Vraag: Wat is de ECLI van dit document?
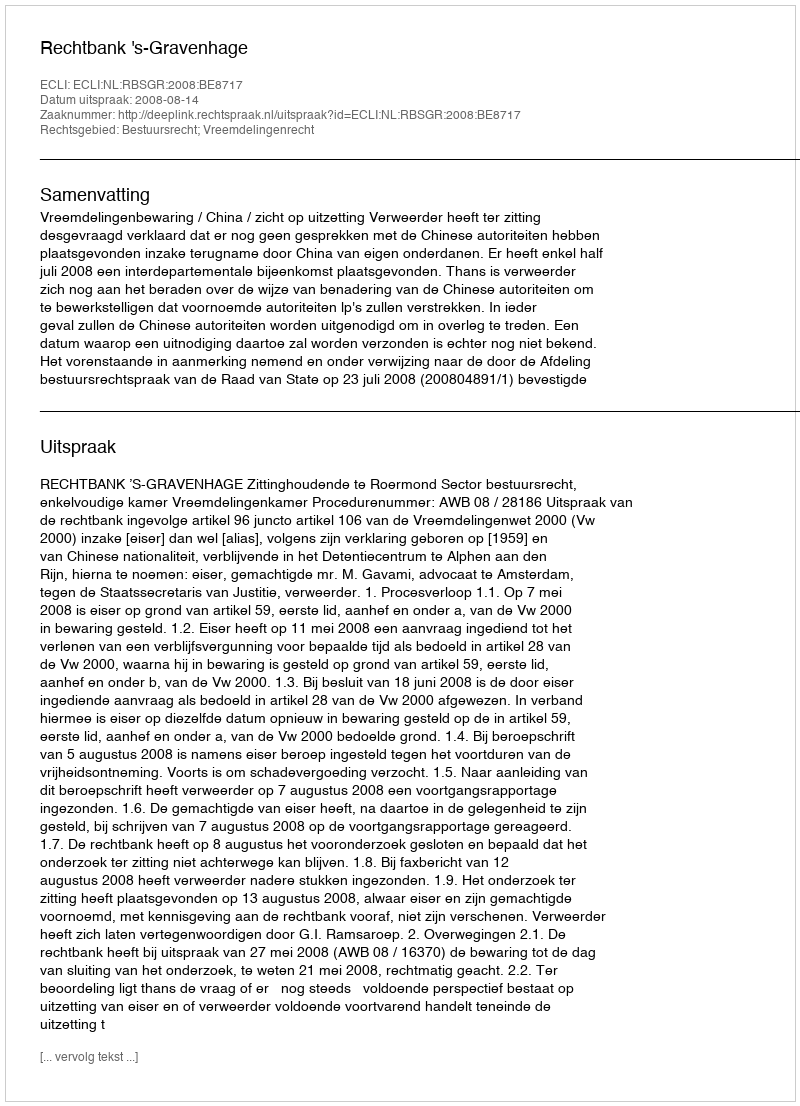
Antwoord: ECLI:NL:RBSGR:2008:BE8717